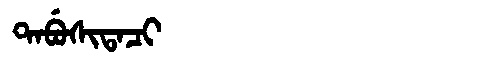
Manchu: ᡨᠠᠪᡠᠰᡳᡨᠠᠴᡳ
Romanization: TABUSITACI